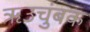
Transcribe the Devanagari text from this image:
ॠउचुंबक